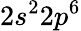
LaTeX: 2s^{2}2p^{6}